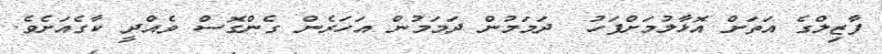
ފާޒިލްގެ އަތަށް އޮޅާލުމަށްފަހު  ދަމަމުން ދަމަމުން އަހަރެން ގެންގޮސް ވެއްދީ ކާގެއަށެވެ.